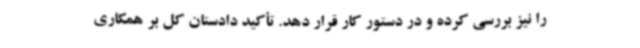
را نیز بررسی کرده و در دستور کار قرار دهد. تأکید دادستان کل بر همکاری